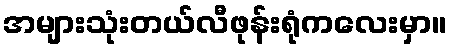
အများသုံးတယ်လီဖုန်းရုံကလေးမှာ။